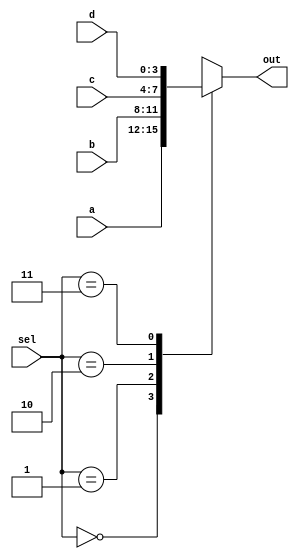
module mux_four ( input [3:0]a, b, c, d, input [1:0] sel, output reg [3:0] out); 
	always @ (*)
	begin
		case (sel)
		2'b00 : out = a;
		2'b01 : out = b;
		2'b10 : out = c;
		2'b11 : out = d;
	endcase
	end
endmodule